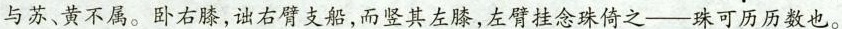
与苏、黄不属。卧右膝，诎右臂支船，而竖其左膝，左臂挂念珠倚之——珠可历历数也。